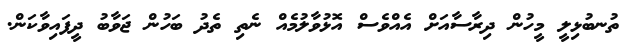
ތުނބުޅިލީ މީހުން ދިރާސާއަށް އެއްވެސް އޮޅުވާލުމެއް ނެތި ތެދު ބަހުން ޖަވާބު ދީފައިވާކަން.